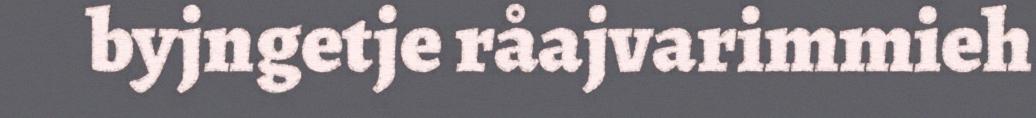
byjngetje råajvarimmieh